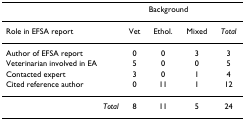
<table><thead><tr><td>[EMPTY_CELL]</td><td colspan="3"><b>Background</b></td><td>[EMPTY_CELL]</td></tr></thead><tbody><tr><td>Role in EFSA report</td><td>Vet</td><td>Ethol.</td><td>Mixed</td><td><i>Total</i></td></tr><tr><td>Author of EFSA report</td><td>0</td><td>0</td><td>3</td><td>3</td></tr><tr><td>Veterinarian involved in EA</td><td>5</td><td>0</td><td>0</td><td>5</td></tr><tr><td>Contacted expert</td><td>3</td><td>0</td><td>1</td><td>4</td></tr><tr><td>Cited reference author</td><td>0</td><td>11</td><td>1</td><td>12</td></tr><tr><td><i>Total</i></td><td>8</td><td>11</td><td>5</td><td>24</td></tr></tbody></table>